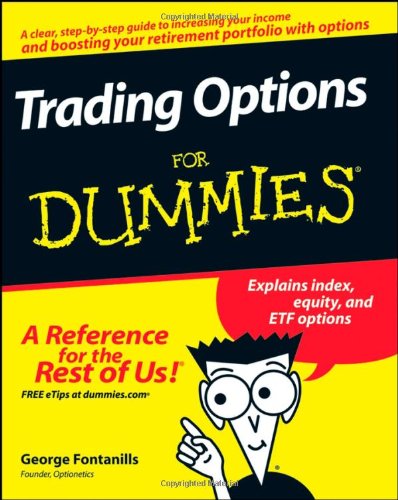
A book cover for Trading Options For Dummies; George A. Fontanills; Business & Money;